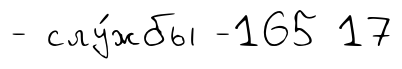
- слу́жбы -165 17